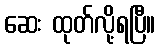
ဆေး ထုတ်လို့ရပြီ။